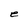
Character: e